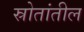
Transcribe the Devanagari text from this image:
स्रोतांतील